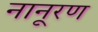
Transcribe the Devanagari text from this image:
नानूरण